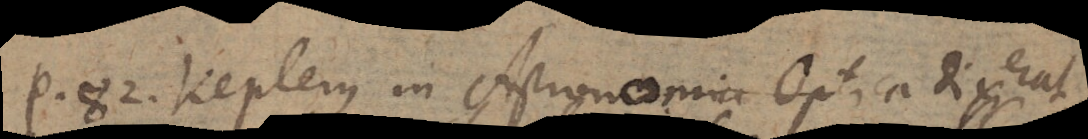
P. 82. Keplerus in Astronomia Optica, dixerat,